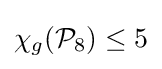
\chi _{g}({\mathcal {P}}_{8})\leq 5